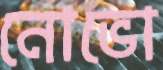
নোভো